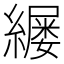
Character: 𫄄